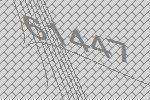
61447